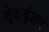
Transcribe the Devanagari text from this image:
देवइंडर